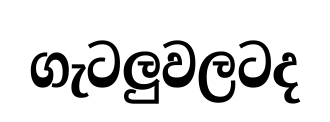
ගැටලුවලටද